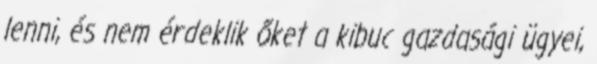
lenni, és nem érdeklik őket a kibuc gazdasági ügyei,